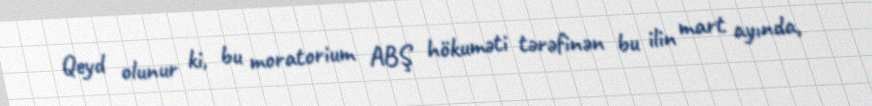
Qeyd olunur ki, bu moratorium ABŞ hökuməti tərəfinən bu ilin mart ayında,